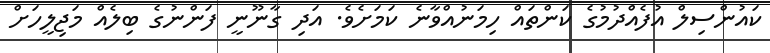
ކައުންސިލް އުފެއްދުމުގެ ކަންތައް ހިމަނުއްވާނެ ކަމަށެވެ. އަދި ގާނޫނީ ފަންނުގެ ބިލެއް މަޖިލީހަށް